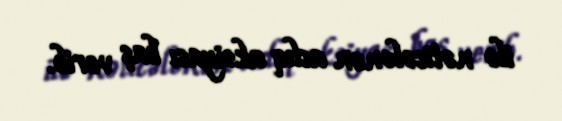
ilə nəticələnən aclıq aksiyası baş verib.